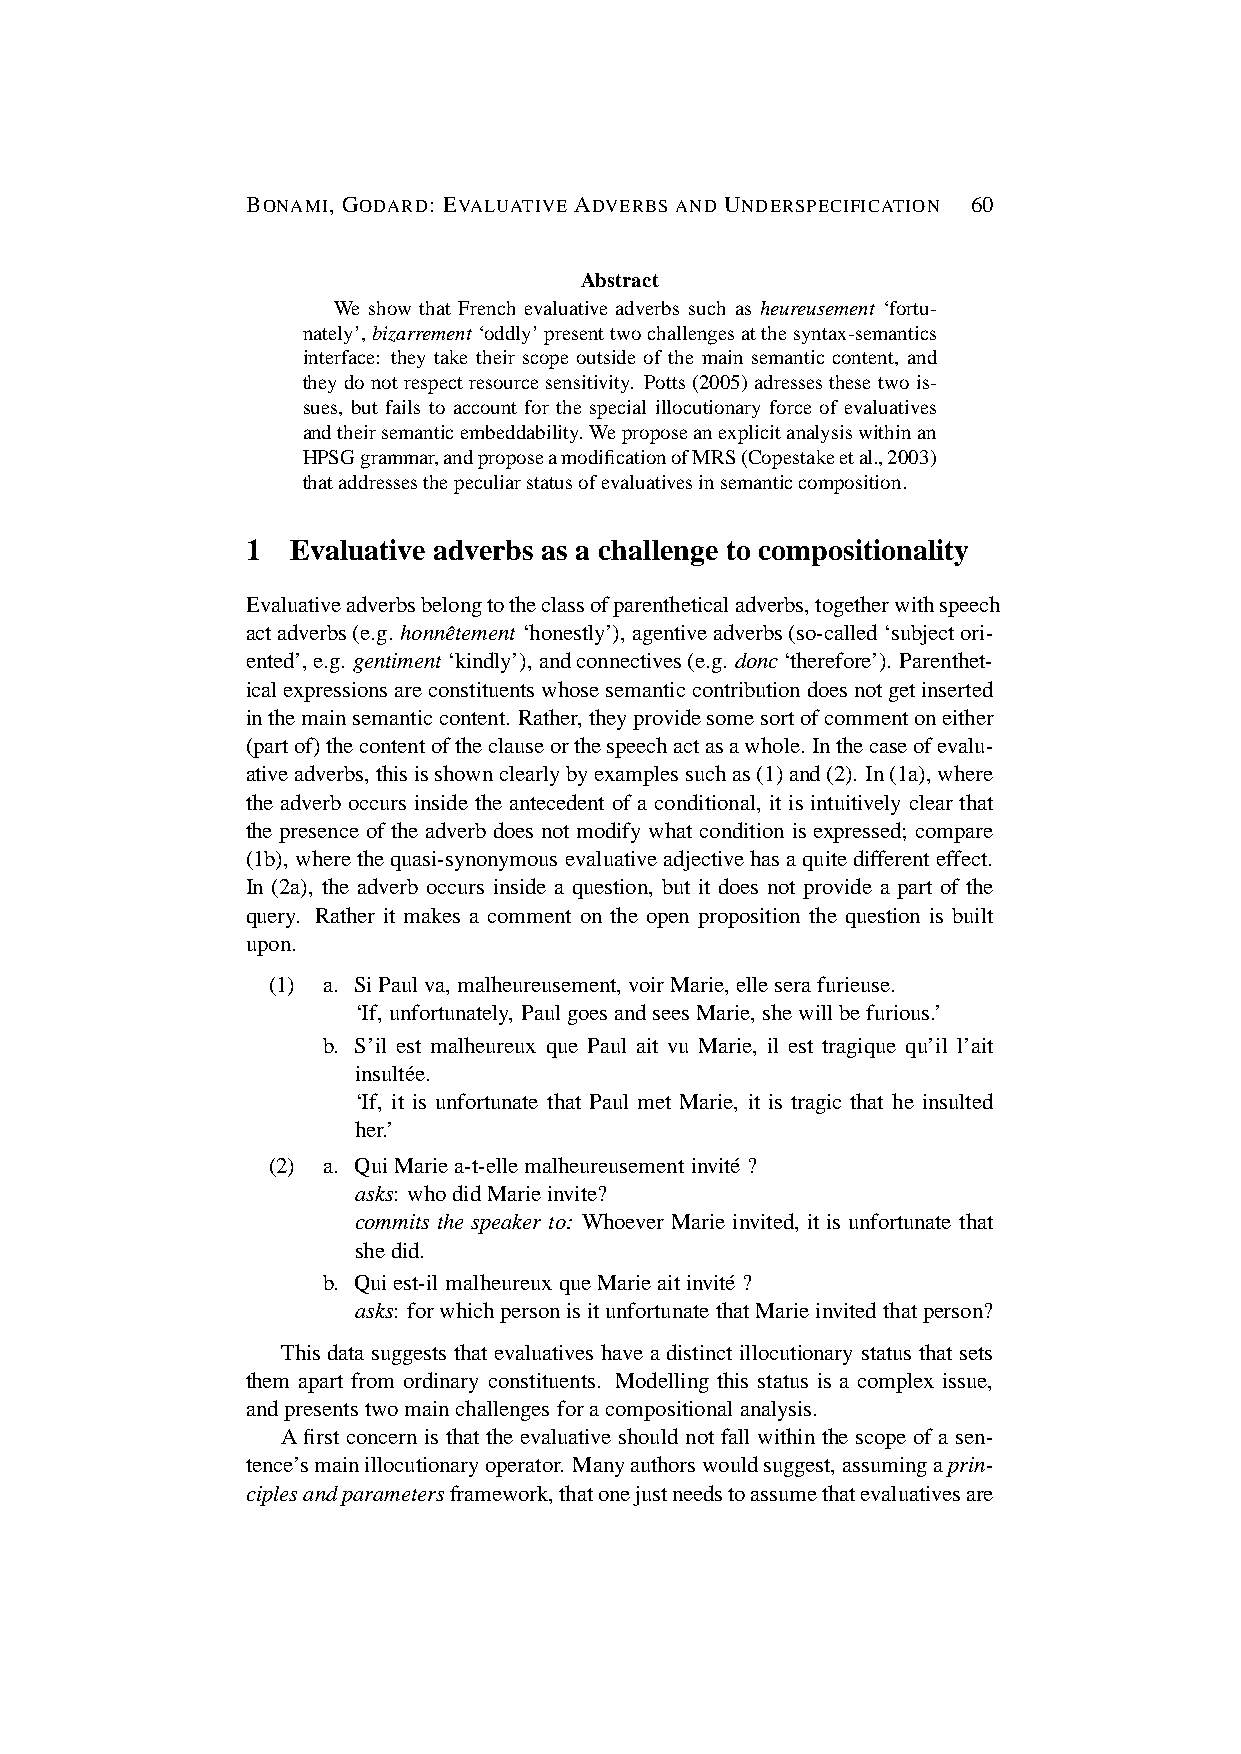
BONAMI, GODARD: EVALUATIVE ADVERBS AND UNDERSPECIFICATION 60
 Abstract
 We show that French evaluative adverbs such as heureusement ‘fortu-
 nately’,bizarrement‘oddly’presenttwochallengesatthesyntax-semantics
 interface: they take their scope outside of the main semantic content, and
 theydonotrespectresourcesensitivity. Potts(2005)adressesthese twois-
 sues, but fails to account for the special illocutionary force of evaluatives
 andtheirsemanticembeddability.Weproposeanexplicitanalysiswithinan
 HPSGgrammar,andproposeamodificationofMRS(Copestakeetal.,2003)
 thataddressesthepeculiarstatusofevaluativesinsemanticcomposition.
 1  Evaluative adverbs as a challenge to compositionality
 Evaluativeadverbsbelongtotheclassofparentheticaladverbs,togetherwithspeech
 actadverbs(e.g. honneˆtement ‘honestly’),agentiveadverbs(so-called‘subjectori-
 ented’,e.g. gentiment‘kindly’),andconnectives(e.g. donc‘therefore’). Parenthet-
 icalexpressionsareconstituentswhosesemanticcontributiondoesnotgetinserted
 inthemainsemanticcontent. Rather,theyprovidesomesortofcommentoneither
 (partof)thecontentoftheclauseorthespeechactasawhole. Inthecaseofevalu-
 ativeadverbs,thisisshownclearlybyexamplessuchas(1)and(2). In(1a),where
 the adverb occurs inside the antecedent of a conditional, it is intuitively clear that
 the presence of the adverb does not modify what condition is expressed; compare
 (1b),wherethequasi-synonymous evaluativeadjectivehasaquitedifferenteffect.
 In (2a), the adverb occurs inside a question, but it does not provide a part of the
 query. Rather it makes a comment on the open proposition the question is built
 upon.
 (1) a. SiPaulva,malheureusement, voirMarie,elleserafurieuse.
 ‘If,unfortunately, PaulgoesandseesMarie,shewillbefurious.’
 b. S’il est malheureux que Paul ait vu Marie, il est tragique qu’il l’ait
 insulte´e.
 ‘If, it is unfortunate that Paul met Marie, it is tragic that he insulted
 her.’
 (2) a. QuiMariea-t-ellemalheureusement invite´ ?
 asks: whodidMarieinvite?
 commits the speaker to: Whoever Marie invited, it is unfortunate that
 shedid.
 b. Quiest-ilmalheureux queMarieaitinvite´ ?
 asks: forwhichpersonisitunfortunate thatMarieinvitedthatperson?
 Thisdata suggests that evaluatives have adistinct illocutionary status thatsets
 them apart from ordinary constituents. Modelling this status is a complex issue,
 andpresents twomainchallenges foracompositional analysis.
 A first concern is that the evaluative should not fall within the scope of a sen-
 tence’smainillocutionaryoperator. Manyauthorswouldsuggest,assumingaprin-
 ciplesandparametersframework,thatonejustneedstoassumethatevaluativesare